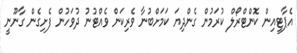
އެޕާޓީއިން ކޮންޓްރޯލް ކުރަމުން ގެންދިޔަ ކަމަށްބުނާ ވެރިކަން ވެއްޓުނު ދުވަހުން ފެށިގެން ގާނޫނީ